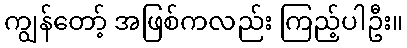
ကျွန်တော့် အဖြစ်ကလည်း ကြည့်ပါဦး။